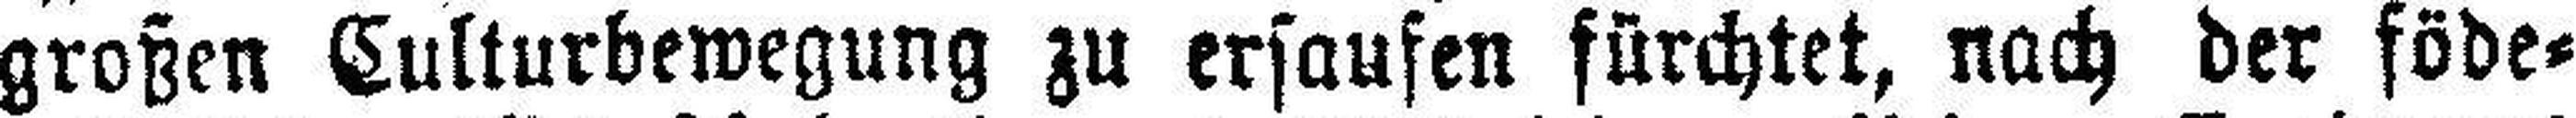
großen Culturbewegung zu ersaufen fürchtet, nach der föde¬